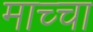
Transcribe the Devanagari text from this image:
माच्चा